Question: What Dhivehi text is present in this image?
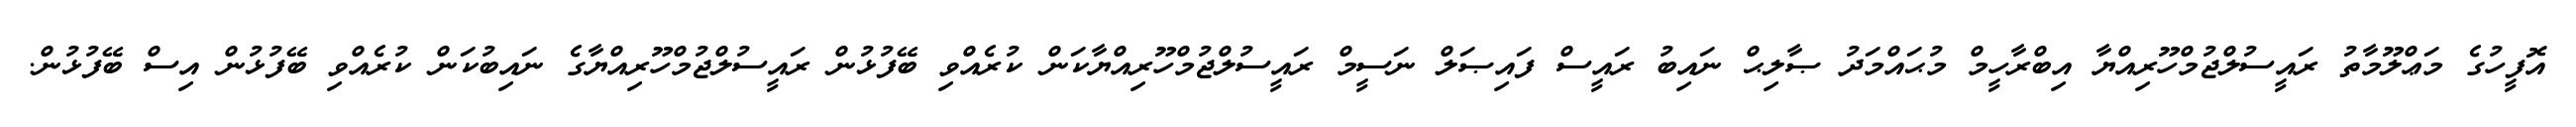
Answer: އޮފީހުގެ މަޢްލޫމާތު ރައީސުލްޖުމްހޫރިއްޔާ އިބްރާހީމް މުޙައްމަދު ޞާލިޙް ނައިބު ރައީސް ފައިޞަލް ނަސީމް ރައީސުލްޖުމްހޫރިއްޔާކަން ކުރެއްވި ބޭފުޅުން ރައީސުލްޖުމްހޫރިއްޔާގެ ނައިބުކަން ކުރެއްވި ބޭފުޅުން އިސް ބޭފުޅުން.